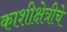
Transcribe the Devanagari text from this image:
काशीक्षेत्रीचे